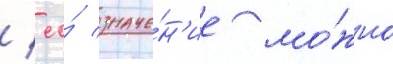
/ ео́ значе́н'ие мо́жно